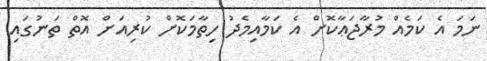
ނަމަ އެ ކަމެއް މުރާޖަޢާކޮށް އެ ކަމާއިމެދު ހިތާމަކޮށް ކުރިއަށް އޮތް ތަނުގައި